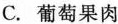
C.葡萄果肉